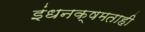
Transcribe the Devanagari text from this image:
इंधनक्षमताही